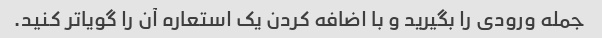
جمله ورودی را بگیرید و با اضافه کردن یک استعاره آن را گویاتر کنید.